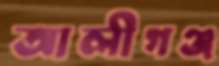
আলীগঞ্জ